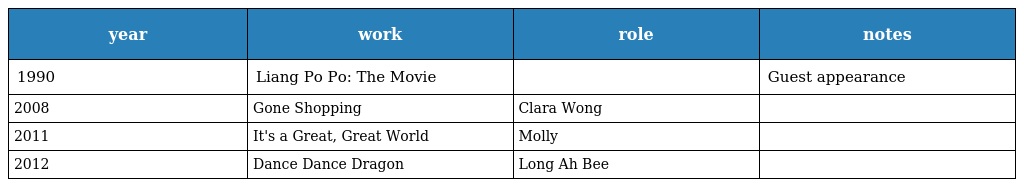
| year | work | role | notes |
 | --- | --- | --- | --- |
 | 1990 | Liang Po Po: The Movie 梁婆婆重出江湖 |  | Guest appearance |
 | 2008 | Gone Shopping 逛街物语 | Clara Wong |  |
 | 2011 | It's a Great, Great World 大世界 | Molly |  |
 | 2012 | Dance Dance Dragon 龙众舞 | Long Ah Bee 阿美 |  |